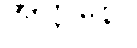
အတ္တနော